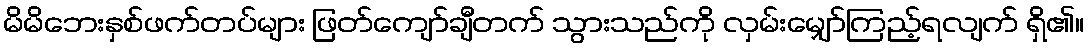
မိမိဘေးနှစ်ဖက်တပ်များ ဖြတ်ကျော်ချီတက် သွားသည်ကို လှမ်းမျှော်ကြည့်ရလျက် ရှိ၏။